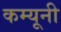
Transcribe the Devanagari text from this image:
कम्यूनी